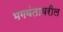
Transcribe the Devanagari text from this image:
भगवंतावरील